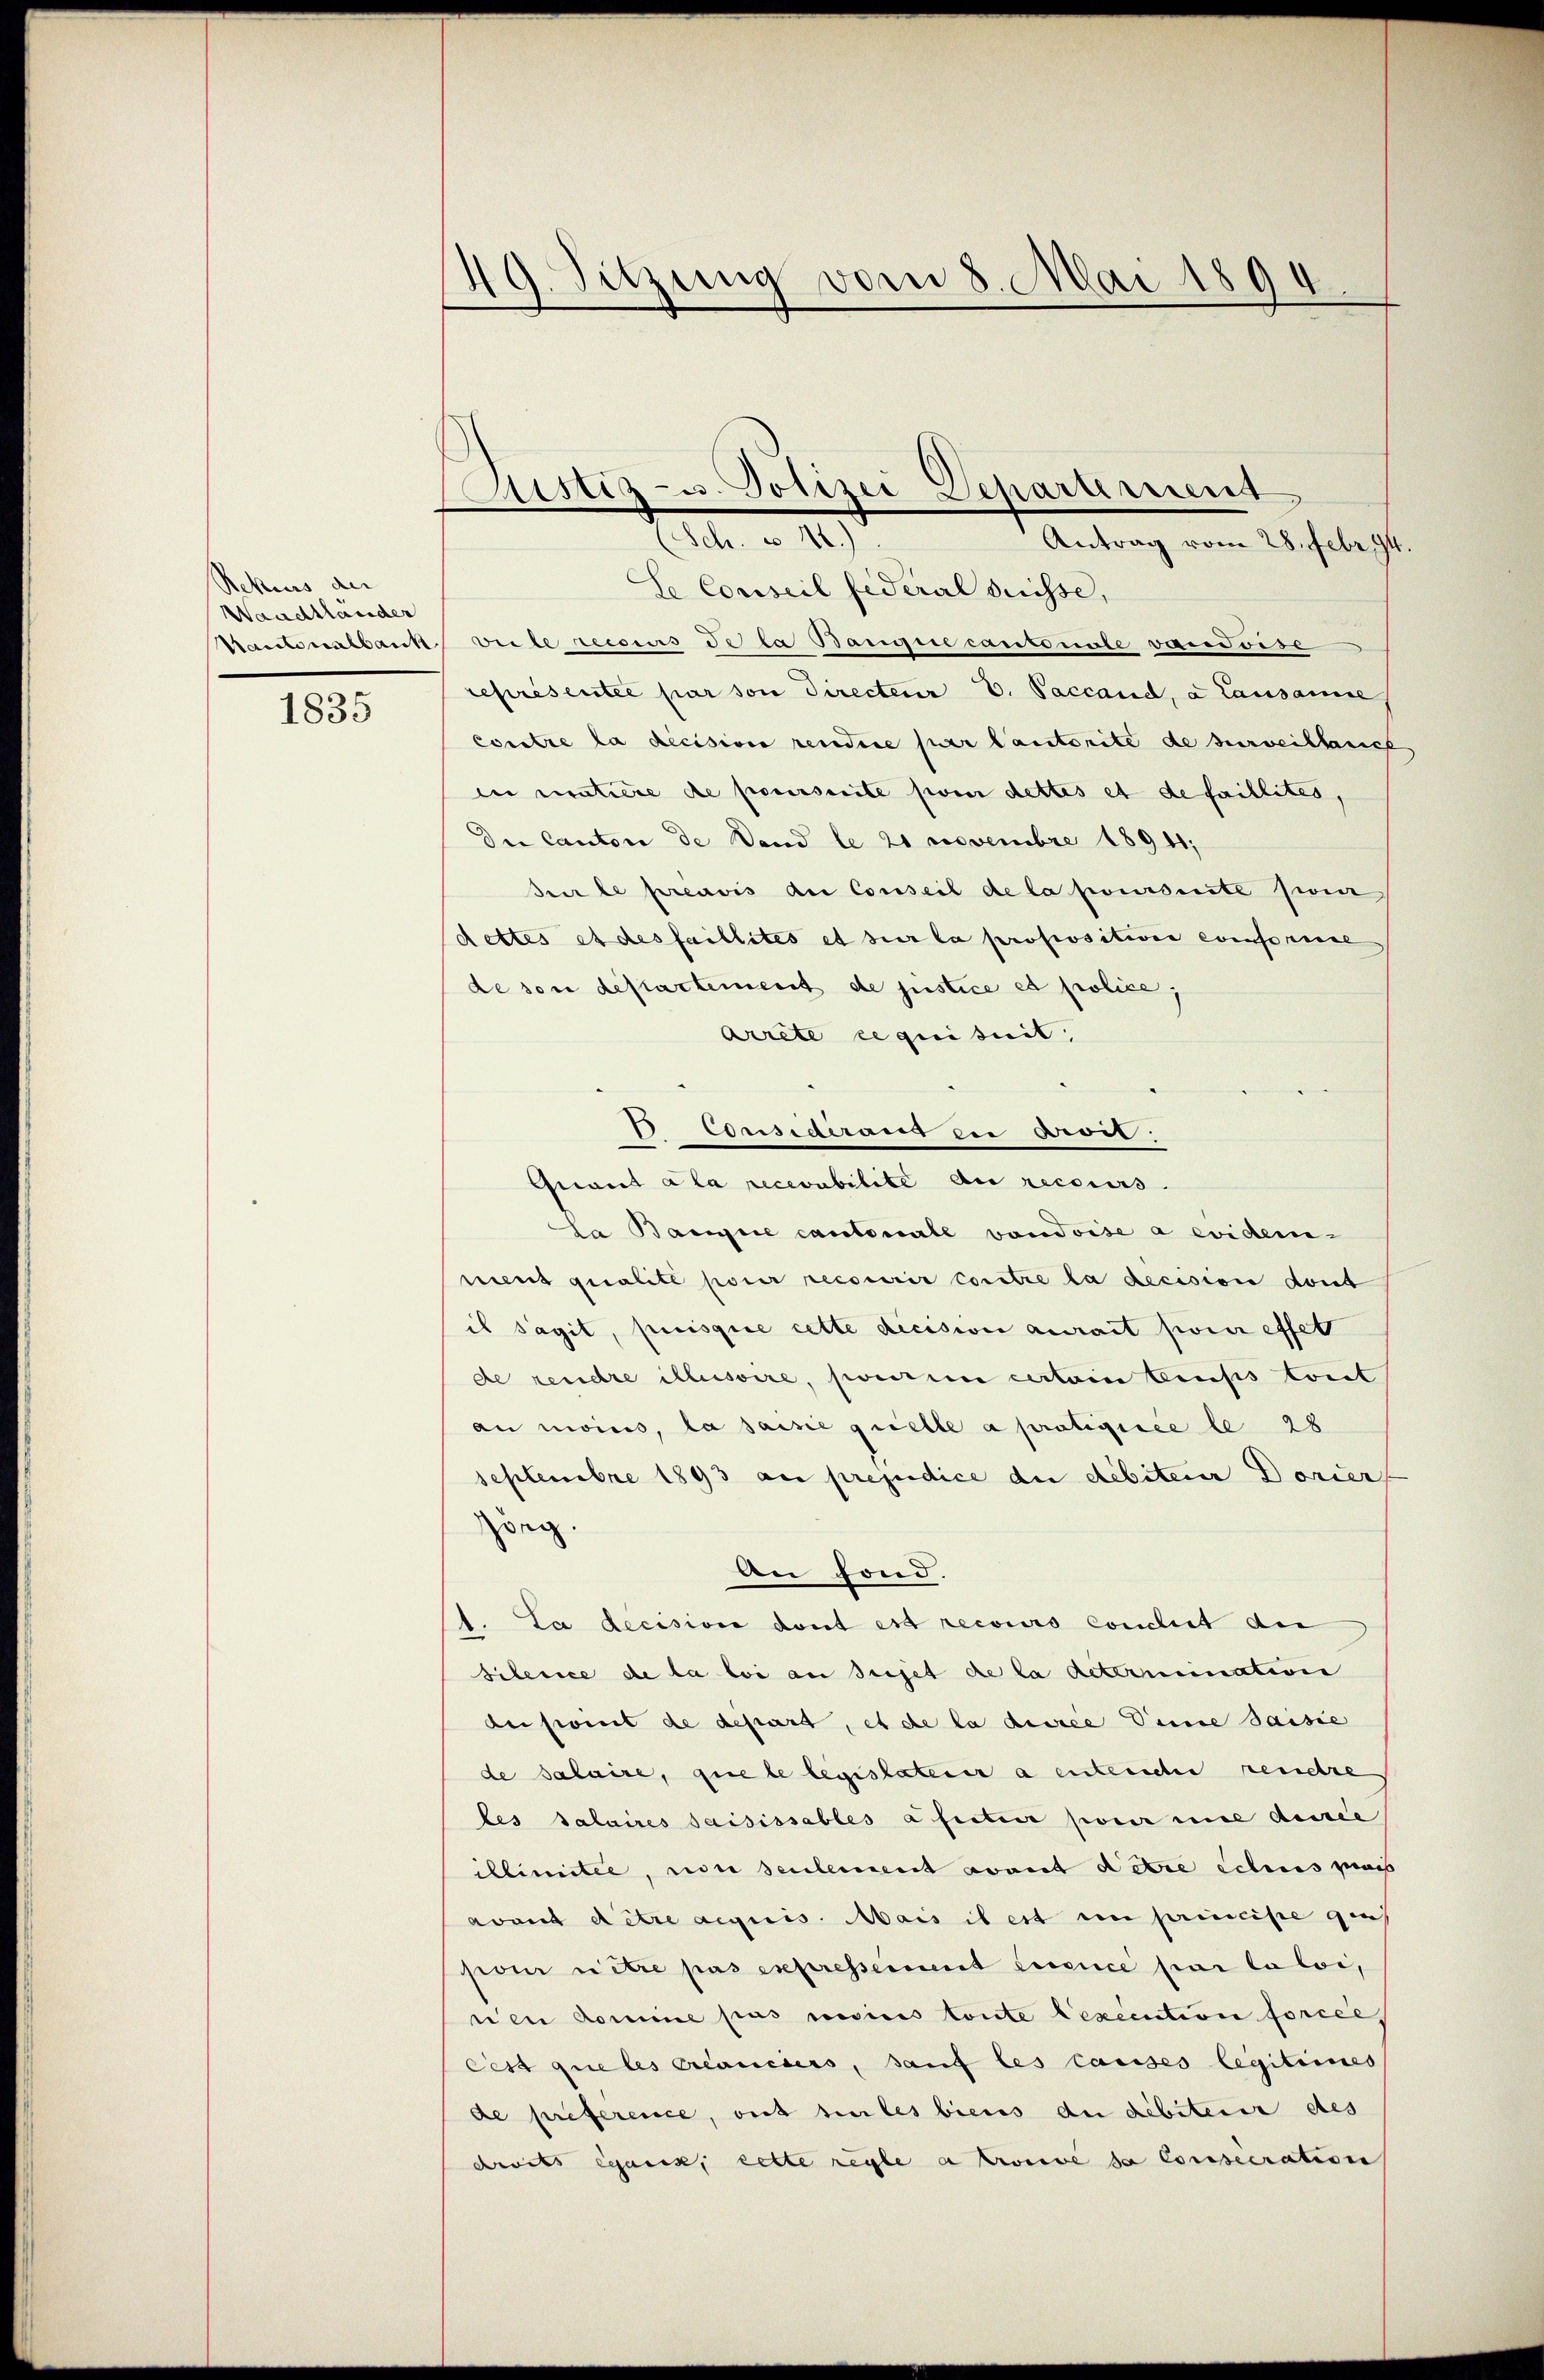
Rekurs der
Waadtländer
Kantonalbank

1835

49. Sitzung vom 8. Mai 1894

Sistiz- u. Polizei Departement
A. a. 17
Antrag vom 28. Febr. 94.

Ee Conseil fédéral Suisse,
Diete dessens de la Bampertenkonnte varoiss
représentée par von Directeur v. Paccand, a Lausanne,
contre la decision rendere par lautorité de surveillanch
in matière de poursuite pom dettes et de faillités,
Die Cantore de Band le 21 Novembre 18941;
sur le préavis du Conseil de la poursuite zweir
dettes et des faillites et sur la propositione conferire
de von destartement de justice et police,
Arrete requisit,
 Consideraus zu droit.
Geeiet a la recevabilité au recours.
La Banne cantonale vaudoise a evidem
nuent qualité pour recourir contre la decision dont
is sagit, puisque cette dicision aurait pour effet
de rendre illusoire, pourir certain Einsis tout
au moins, la saisie grielle a protigiree le 28
septembre 1893 au préjudice die débiteur Dorier
Zoeg.
An fond.
1. La decision dont est recours conclut an
silence de la loi an sujet de la determination
de point de gesart, et de la disce Deine saisie
de salaire, que le legislaterer a entenden rendre
bes Salaires saisissables a faiteur pour eine densee
illimitée, von seulement avant détre echens pass
avant détre acquis. Mais il est in principe ges
pour ritre pas expressement Licence par la loi,
wen domine pas meines toute Lexecution forcel
lest que les créanciers, sauf les causes legitimes
de preference, ont sie les biens du débiterer des
crits beans, cette regle a prorie da Consecration